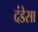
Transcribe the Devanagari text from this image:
दंडेसा